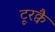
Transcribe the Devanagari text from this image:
टूरक्वै